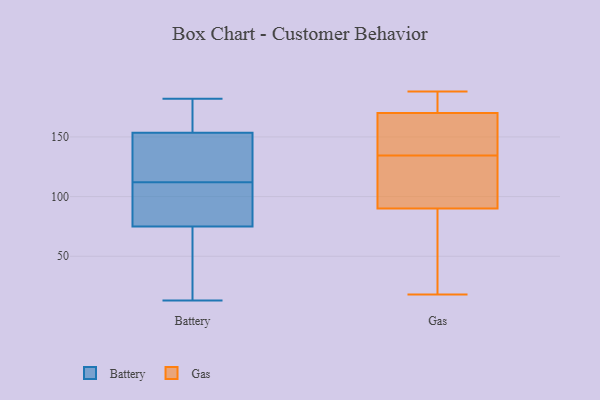
{"axis": {"x": "Latency (ms)", "y": "Value"}, "legend": ["Battery", "Gas"], "data": [{"x": "", "y": 65, "type": "Battery"}, {"x": "", "y": 87, "type": "Battery"}, {"x": "", "y": 44, "type": "Battery"}, {"x": "", "y": 119, "type": "Battery"}, {"x": "", "y": 156, "type": "Battery"}, {"x": "", "y": 91, "type": "Battery"}, {"x": "", "y": 37, "type": "Battery"}, {"x": "", "y": 67, "type": "Battery"}, {"x": "", "y": 182, "type": "Battery"}, {"x": "", "y": 13, "type": "Battery"}, {"x": "", "y": 128, "type": "Battery"}, {"x": "", "y": 105, "type": "Battery"}, {"x": "", "y": 157, "type": "Battery"}, {"x": "", "y": 131, "type": "Battery"}, {"x": "", "y": 158, "type": "Battery"}, {"x": "", "y": 105, "type": "Battery"}, {"x": "", "y": 83, "type": "Battery"}, {"x": "", "y": 168, "type": "Battery"}, {"x": "", "y": 142, "type": "Battery"}, {"x": "", "y": 151, "type": "Battery"}, {"x": "", "y": 175, "type": "Gas"}, {"x": "", "y": 123, "type": "Gas"}, {"x": "", "y": 24, "type": "Gas"}, {"x": "", "y": 152, "type": "Gas"}, {"x": "", "y": 90, "type": "Gas"}, {"x": "", "y": 130, "type": "Gas"}, {"x": "", "y": 139, "type": "Gas"}, {"x": "", "y": 117, "type": "Gas"}, {"x": "", "y": 169, "type": "Gas"}, {"x": "", "y": 188, "type": "Gas"}, {"x": "", "y": 64, "type": "Gas"}, {"x": "", "y": 172, "type": "Gas"}, {"x": "", "y": 170, "type": "Gas"}, {"x": "", "y": 18, "type": "Gas"}]}